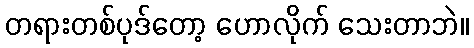
တရားတစ်ပုဒ်တော့ ဟောလိုက် သေးတာဘဲ။